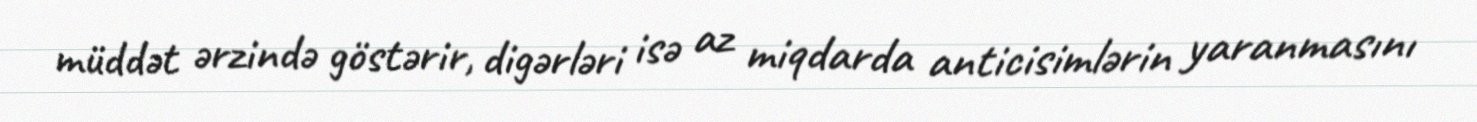
müddət ərzində göstərir, digərləri isə az miqdarda anticisimlərin yaranmasını